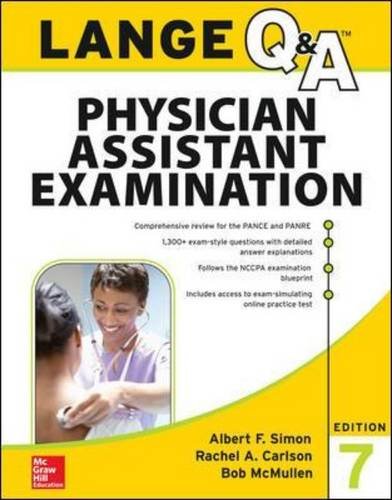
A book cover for LANGE Q&A Physician Assistant Examination, 7th Edition (Lange Q&A Allied Health); Albert Simon; Medical Books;